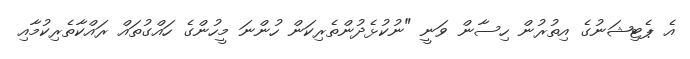
އެ ޕެޓިޝަނުގެ އިތުރުން ހިސާން ވަނީ "ނުކުޅެދުންތެރިކަން ހުންނަ މީހުންގެ ހައްގުތައް ރައްކާތެރިކުމާއި